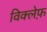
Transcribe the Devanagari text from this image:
विक्लेफ़